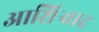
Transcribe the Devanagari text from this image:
आशिर्‍वाद